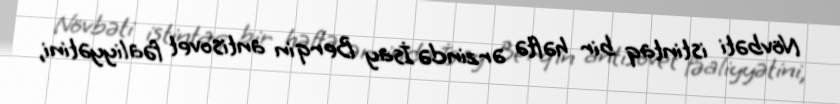
Növbəti istintaq bir həftə ərzində İsay Berqin antisovet fəaliyyətini,